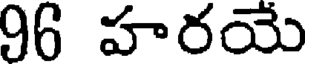
96 హరయే